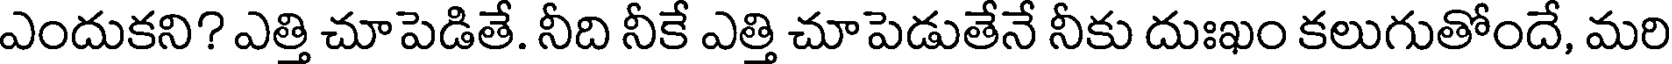
ఎందుకని? ఎత్తి చూపెడితే. నీది నీకే ఎత్తి చూపెడుతేనే నీకు దుఃఖం కలుగుతోందే, మరి